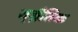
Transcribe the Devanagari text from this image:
रा्ज्नैतिक